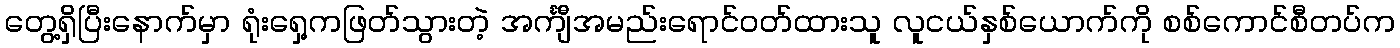
တွေ့ရှိပြီးနောက်မှာ ရုံးရှေ့ကဖြတ်သွားတဲ့ အင်္ကျီအမည်းရောင်ဝတ်ထားသူ လူငယ်နှစ်ယောက်ကို စစ်ကောင်စီတပ်က